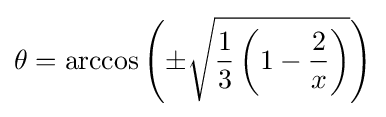
\theta =\arccos \left(\pm {\sqrt {{\frac {1}{3}}\left(1-{\frac {2}{x}}\right)}}\right)